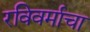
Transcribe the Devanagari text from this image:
रविवर्माचा